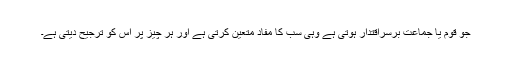
جو قوم یا جماعت برسراقتدار ہوتی ہے وہی سب کا مفاد متعین کرتی ہے اور ہر چیز پر اس کو ترجیح دیتی ہے۔